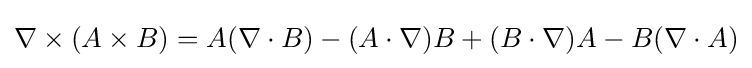
\nabla \times (A\times B)=A(\nabla \cdot B)-(A\cdot \nabla )B+(B\cdot \nabla )A-B(\nabla \cdot A)